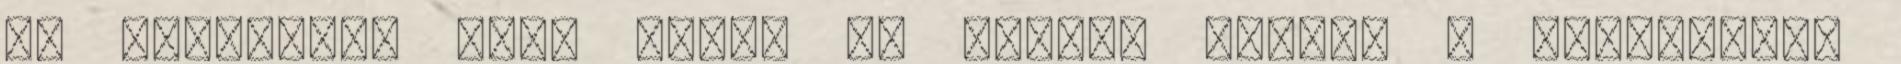
az osztályt, hogy vajon ki tudja, melyik a legnagyobb